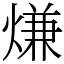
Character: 熑